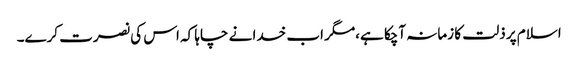
اسلام پر ذلت کا زمانہ آچکا ہے،مگر اب خدا نے چاہا کہ اس کی نصرت کرے۔